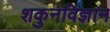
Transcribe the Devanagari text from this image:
शकुनविज्ञान